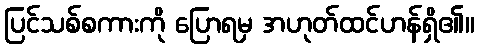
ပြင်သစ်စကားကို ပြောရမှ အဟုတ်ထင်ဟန်ရှိ၏။